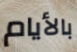
بالأيام